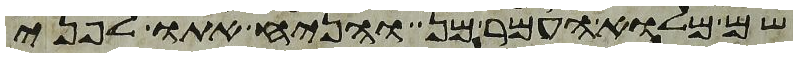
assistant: שם מלוא העמר מן והניח אתו לפני